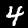
Digit: 4